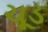
ચૂડ